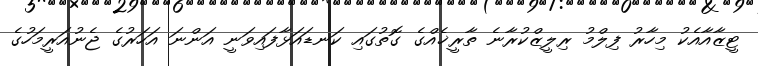
ޓީޒާއާއެކު މިހާރު ފިލްމު ރިލީޒްކުރާނެ ތާރީޚެއްގެ ގޮތުގައި ކަނޑައަޅާފައިވަނީ އަންނަ އަހަރުގެ ޖެނުއަރީމަހުގެ